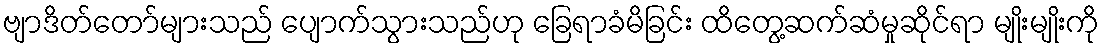
ဗျာဒိတ်တော်များသည် ပျောက်သွားသည်ဟု ခြေရာခံမိခြင်း ထိတွေ့ဆက်ဆံမှုဆိုင်ရာ မျိုးမျိုးကို